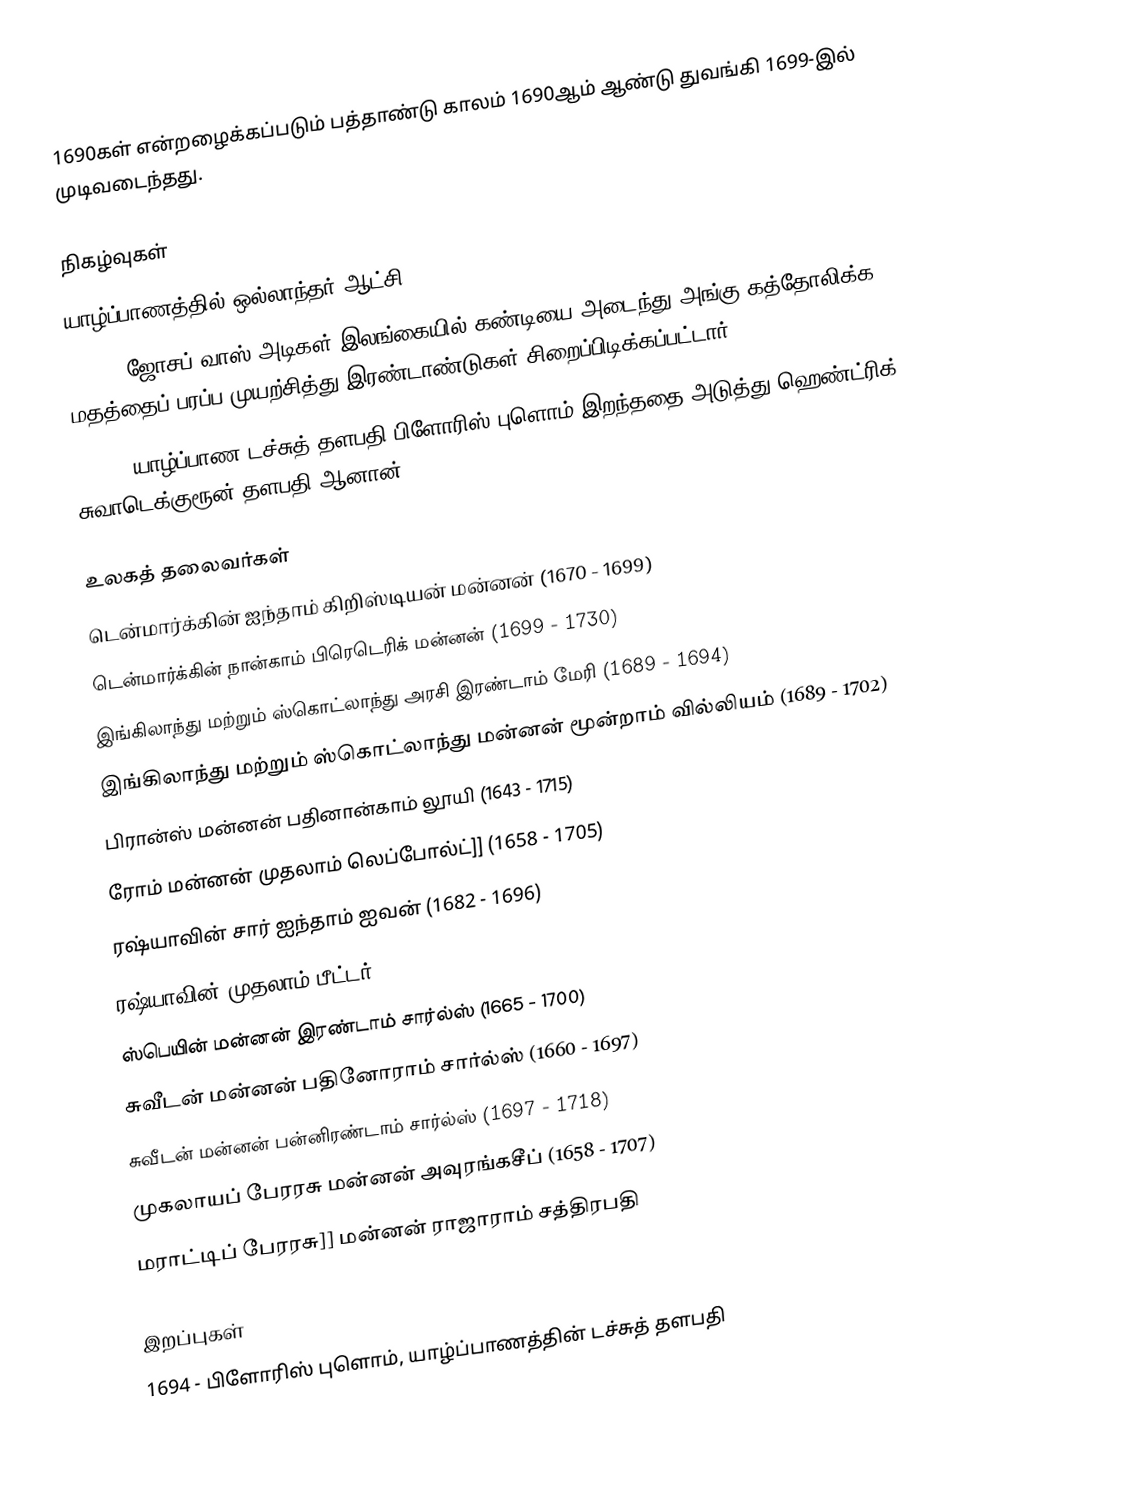
1690கள் என்றழைக்கப்படும் பத்தாண்டு காலம் 1690ஆம் ஆண்டு துவங்கி 1699-இல் முடிவடைந்தது.

நிகழ்வுகள்
 யாழ்ப்பாணத்தில் ஒல்லாந்தர் ஆட்சி (1658 - 1796)
 1692 - ஜோசப் வாஸ் அடிகள் இலங்கையில் கண்டியை அடைந்து அங்கு கத்தோலிக்க மதத்தைப் பரப்ப முயற்சித்து இரண்டாண்டுகள் சிறைப்பிடிக்கப்பட்டார்.
 1694 - யாழ்ப்பாண டச்சுத் தளபதி பிளோரிஸ் புளொம் இறந்ததை அடுத்து ஹெண்ட்ரிக் சுவாடெக்குரூன் தளபதி ஆனான்.

உலகத் தலைவர்கள்
 டென்மார்க்கின் ஐந்தாம் கிறிஸ்டியன் மன்னன் (1670 - 1699)
 டென்மார்க்கின் நான்காம் பிரெடெரிக் மன்னன் (1699 - 1730)
 இங்கிலாந்து மற்றும் ஸ்கொட்லாந்து அரசி இரண்டாம் மேரி (1689 - 1694)
 இங்கிலாந்து மற்றும் ஸ்கொட்லாந்து மன்னன் மூன்றாம் வில்லியம் (1689 - 1702)
 பிரான்ஸ் மன்னன் பதினான்காம் லூயி (1643 - 1715)
 ரோம் மன்னன் முதலாம் லெப்போல்ட்]] (1658 - 1705)
 ரஷ்யாவின் சார் ஐந்தாம் ஐவன் (1682 - 1696)
 ரஷ்யாவின் முதலாம் பீட்டர் (1682 - 1725)
 ஸ்பெயின் மன்னன் இரண்டாம் சார்ல்ஸ் (1665 - 1700)
 சுவீடன் மன்னன் பதினோராம் சார்ல்ஸ் (1660 - 1697)
 சுவீடன் மன்னன் பன்னிரண்டாம் சார்ல்ஸ் (1697 - 1718)
 முகலாயப் பேரரசு மன்னன் அவுரங்கசீப் (1658 - 1707)
 மராட்டிப் பேரரசு]] மன்னன் ராஜாராம் சத்திரபதி

இறப்புகள்
 1694 - பிளோரிஸ் புளொம், யாழ்ப்பாணத்தின் டச்சுத் தளபதி